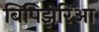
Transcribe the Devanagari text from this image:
बिपिझेरिआ